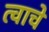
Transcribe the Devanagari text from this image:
त्वाचे